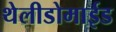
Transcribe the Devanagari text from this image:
थेलीडोमाईड